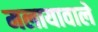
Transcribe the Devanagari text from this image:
मलायावाले